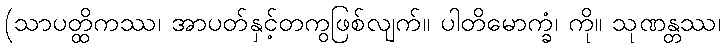
(သာပတ္ထိကဿ၊ အာပတ်နှင့်တကွဖြစ်လျက်။ ပါတိမောက္ခံ၊ ကို။ သုဏန္တဿ၊